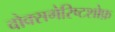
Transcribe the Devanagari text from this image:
वोक्सगेरिष्टशोफ़